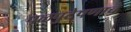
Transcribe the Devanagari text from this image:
पळपुटेपणाचे